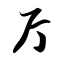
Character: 厅